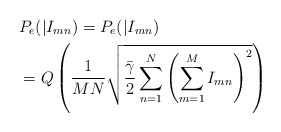
\begin{align*}&{{P}_{e}}(|{{I}_{mn}})={{P}_{e}}(|{{I}_{mn}})\\&=Q\left( \frac{1}{MN}\sqrt{\frac{{\bar{\gamma }}}{2}\sum\limits_{n=1}^{N}{{{\left( \sum\limits_{m=1}^{M}{{{I}_{mn}}} \right)}^{2}}}} \right)\end{align*}